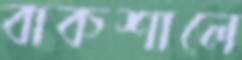
বাকশালে